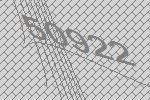
50922